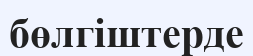
бөлгіштерде